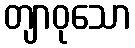
တျာဝုသော